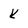
Character: k